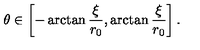
\theta \in \left[ - \arctan { \frac { \xi } { r _ { 0 } } } , \arctan { \frac { \xi } { r _ { 0 } } } \right] .